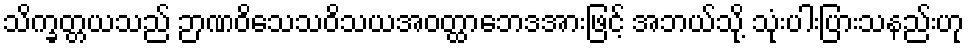
သိက္ခတ္တယသည် ဉာဏဝိသေသဝိသယအဝတ္ထာဘေဒအားဖြင့် အဘယ်သို့ သုံးပါးပြားသနည်းဟု